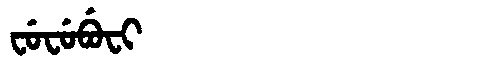
Manchu: ᠸᡠᠸᡠᠪᡠᠸᡳ
Romanization: FUFUBUFI